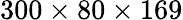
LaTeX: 300\times 80\times 169